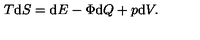
T \mathrm { d } S = \mathrm { d } E - \Phi \mathrm { d } Q + p \mathrm { d } V .